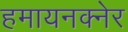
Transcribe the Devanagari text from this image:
हमायनक्नेर